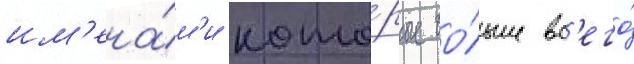
им'ена́м'и кото́рые бо́льше вс'его́